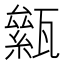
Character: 𤮎